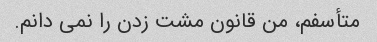
متأسفم، من قانون مشت زدن را نمی دانم.